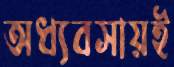
অধ্যবসায়ই